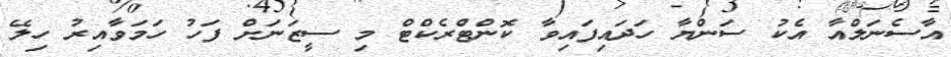
އާސެނަލްއާ އެކު ސަންޔާ ހަދައިފައިވާ ކޮންޓްރެކްޓް މި ސީޒަނަށް ފަހު ހަމަވާއިރު ހިލޭ